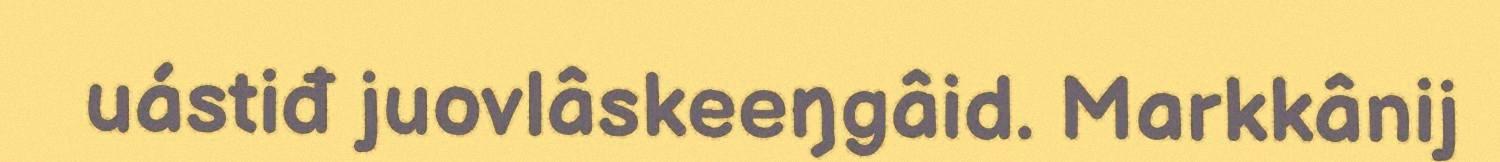
uástiđ juovlâskeeŋgâid. Markkânij